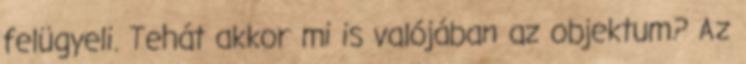
felügyeli. Tehát akkor mi is valójában az objektum? Az